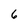
Character: 6